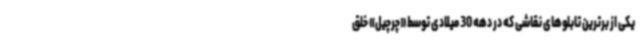
یکی از برترین تابلوهای نقاشی که در دهه 30 میلادی توسط «چرچیل» خلق